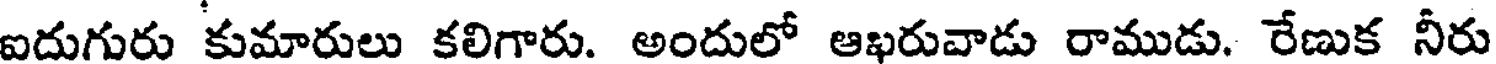
ఐదుగురు కుమారులు కలిగారు. అందులో ఆఖరువాడు రాముడు. రేణుక నీరు